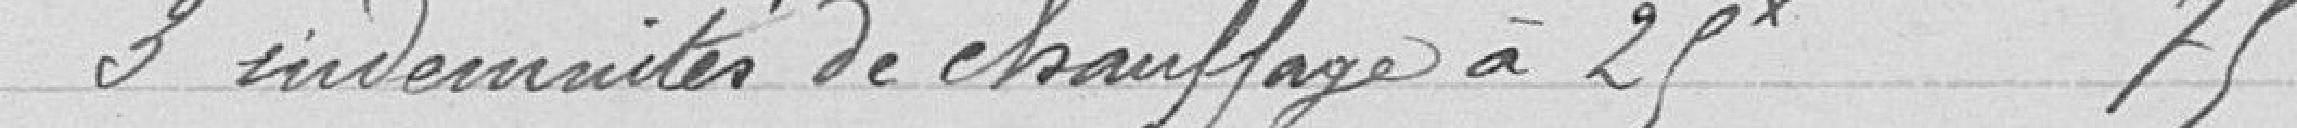
3 indemnités de chauffage à 25 75